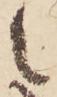
之